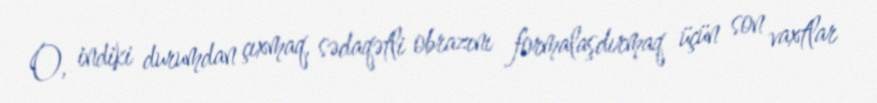
O, indiki durumdan çıxmaq, sədaqətli obrazını formalaşdırmaq üçün son vaxtlar